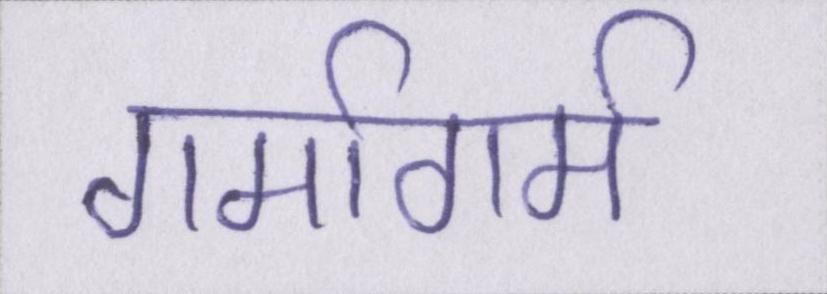
गर्मागर्म